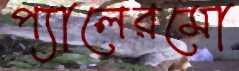
প্যালেরমো